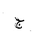
Letter: _gim